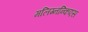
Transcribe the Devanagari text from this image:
मलिग्नन्किएस